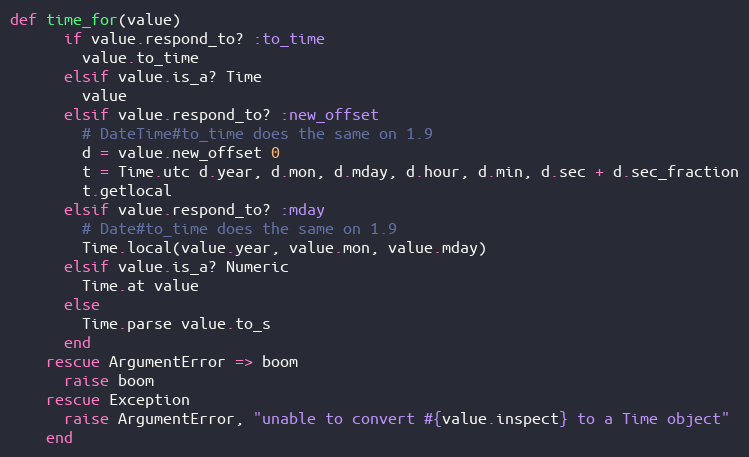
Language: Ruby
def time_for(value)
      if value.respond_to? :to_time
        value.to_time
      elsif value.is_a? Time
        value
      elsif value.respond_to? :new_offset
        # DateTime#to_time does the same on 1.9
        d = value.new_offset 0
        t = Time.utc d.year, d.mon, d.mday, d.hour, d.min, d.sec + d.sec_fraction
        t.getlocal
      elsif value.respond_to? :mday
        # Date#to_time does the same on 1.9
        Time.local(value.year, value.mon, value.mday)
      elsif value.is_a? Numeric
        Time.at value
      else
        Time.parse value.to_s
      end
    rescue ArgumentError => boom
      raise boom
    rescue Exception
      raise ArgumentError, "unable to convert #{value.inspect} to a Time object"
    end